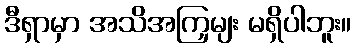
ဒီရှာမှာ အသိအကြှမျး မရှိပါဘူး။